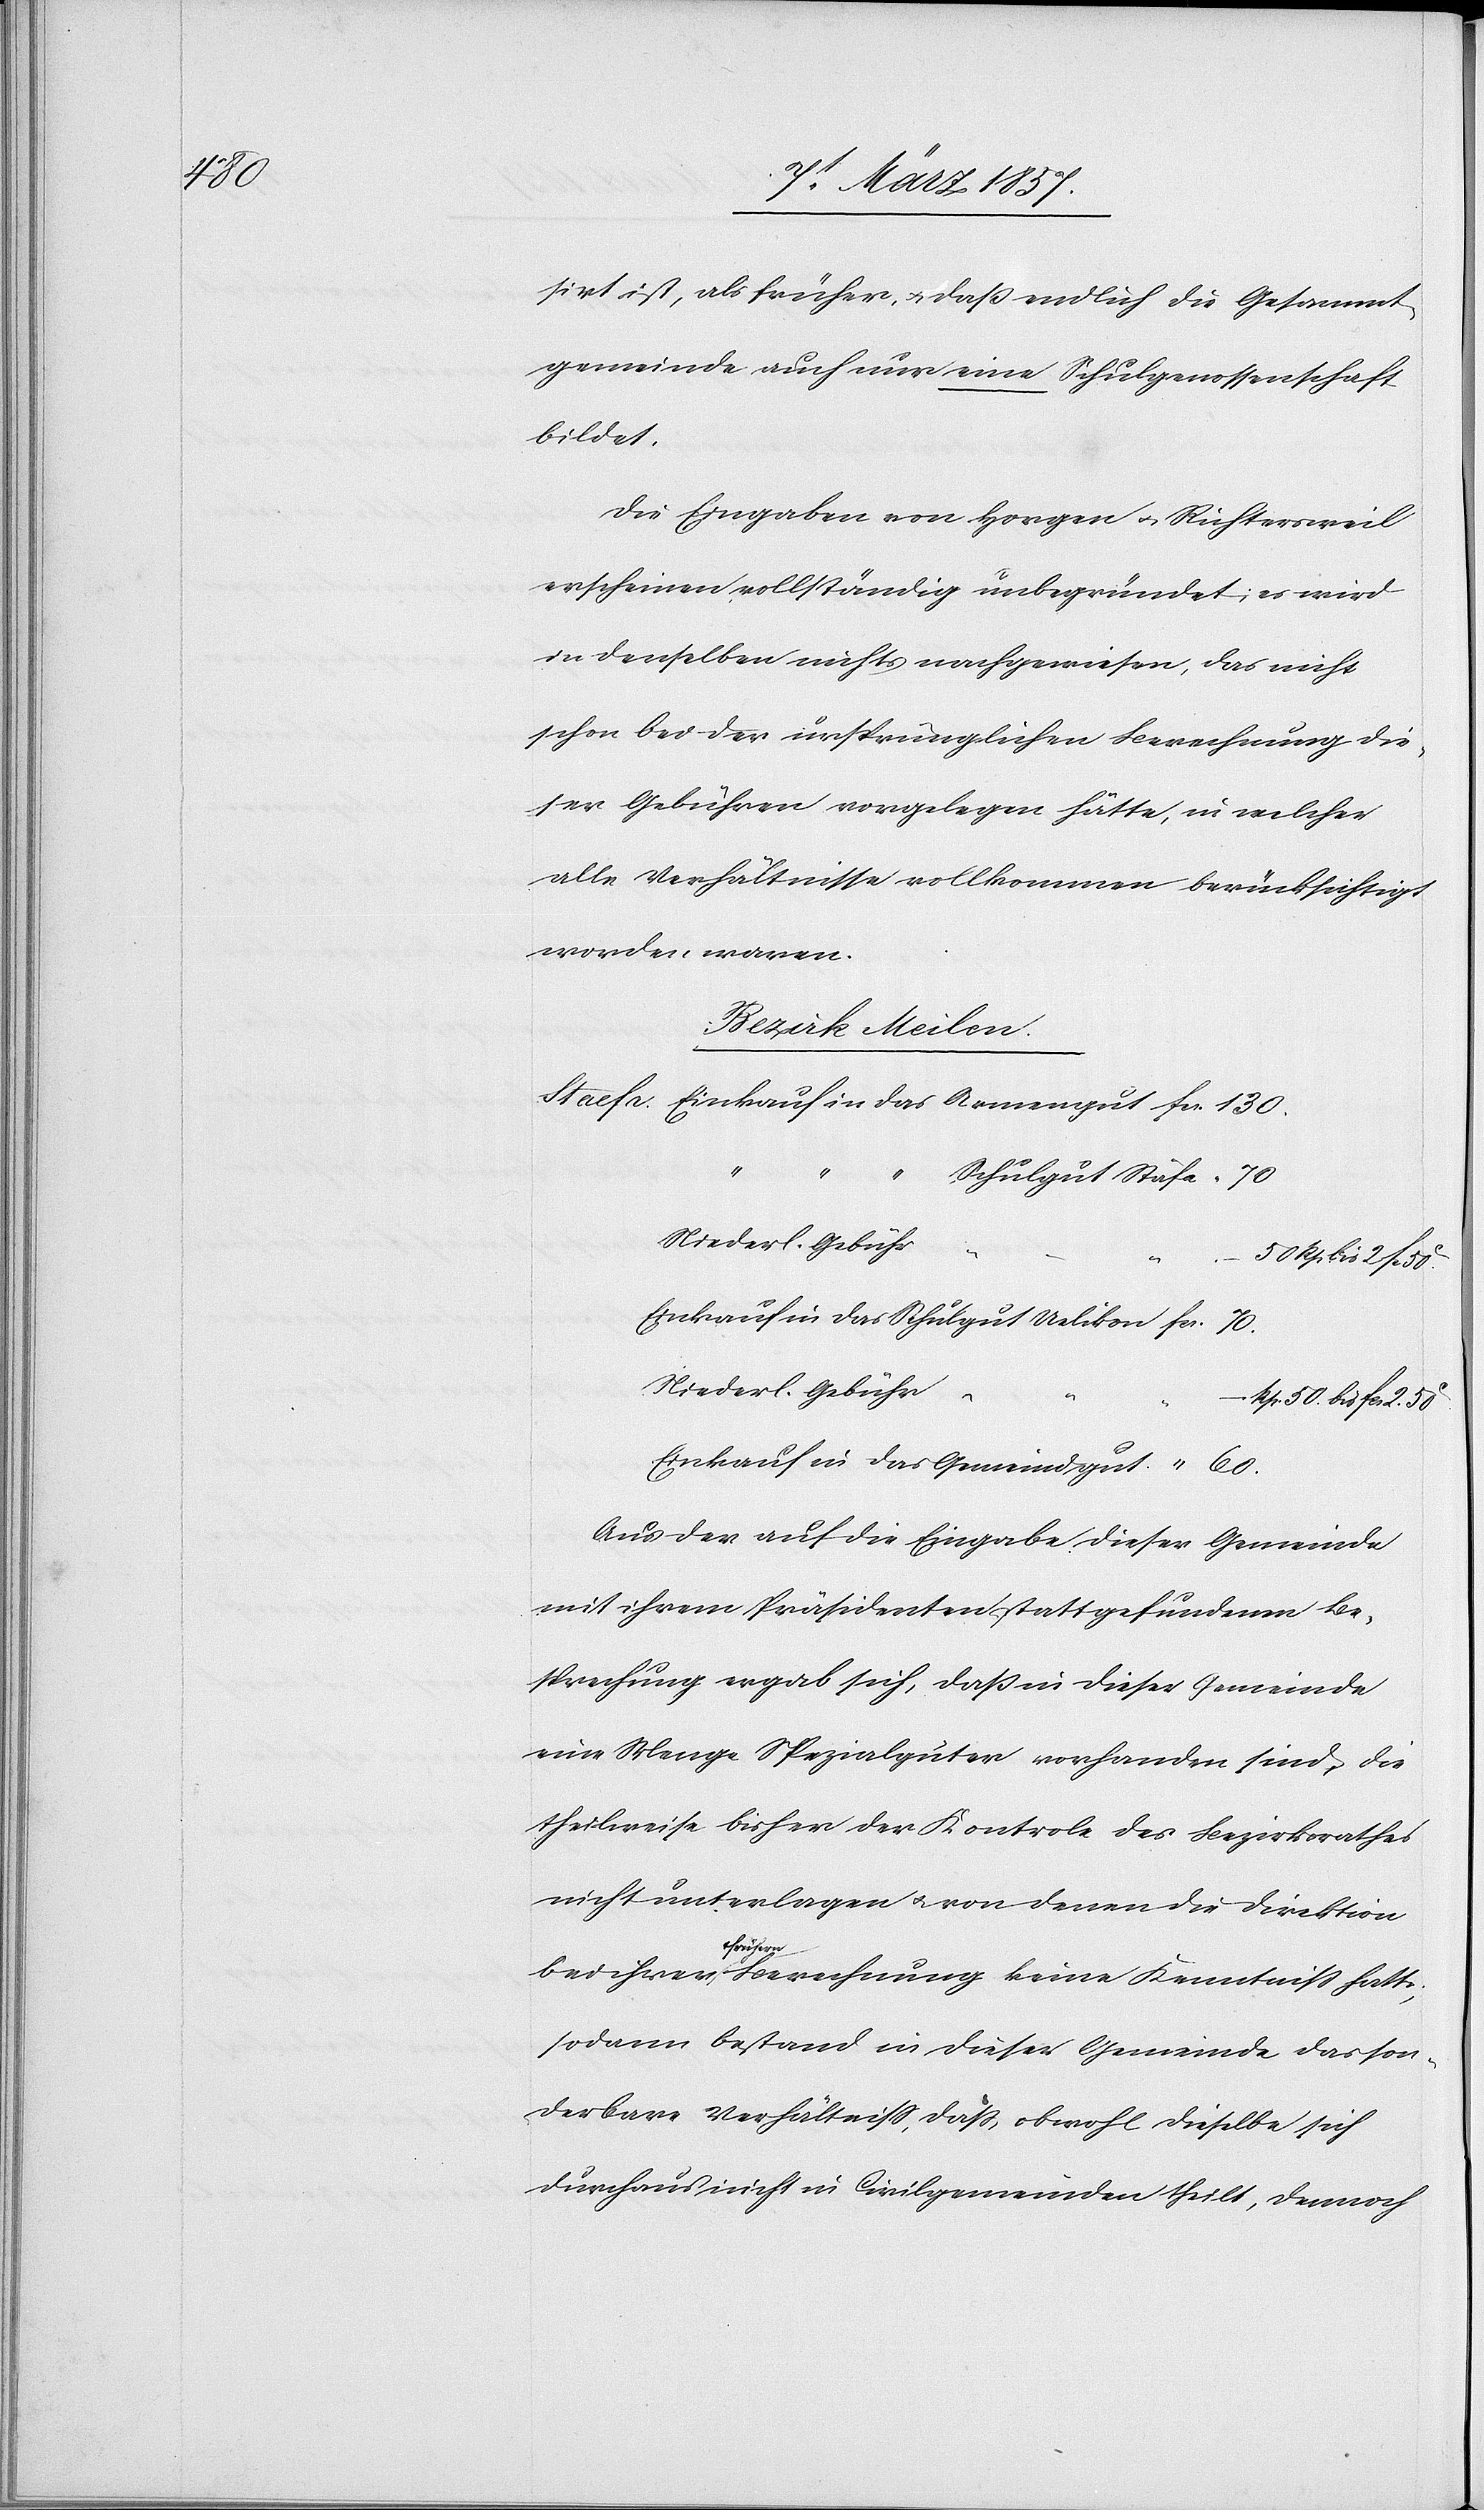
fr. 70

sirt ist, als früher, u. daß endlich die Gesammt¬
gemeinde auch nur eine Schulgenossenschaft
bildet.
Die Eingaben von Horgen u. Richtersweil
erscheinen vollständig unbegründet; es wird
in denselben nichts nachgewiesen, das nicht
schon bei der ursprünglichen Berechnung die¬
ser Gebühren vorgelegen hätte, in welcher
alle Verhältnisse vollkommen berücksichtigt
worden waren.
Bezirk Meilen.
“
“
Niederl. Gebühr
“ 60.
C
Einkauf in das Gemeindgut
Aus der auf die Eingabe dieser Gemeinde
mit ihrem Präsidenten stattgefundenen Be¬
sprechung ergab sich, daß in dieser Gemeinde
eine Menge Spezialgüter vorhanden sind, die
theilweise bisher der Kontrole des Bezirksrathes
nicht unterlagen u. von denen die Direktion
bei ihrer frühern Berechnung keine Kenntniß hatte;
sodann bestand in dieser Gemeinde das son¬
derbare Verhältniß, daß, obwohl dieselbe sich
durchaus nicht in Civilgemeinden theilt, dennoch